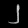
Digit: ၂